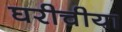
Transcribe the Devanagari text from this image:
घरीचीया